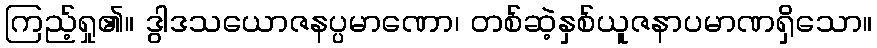
ကြည့်ရှု၏။ ဒွါဒသယောဇနပ္ပမာဏော၊ တစ်ဆဲ့နှစ်ယူဇနာပမာဏရှိသော။